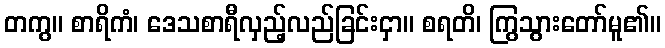
တကွ။ စာရိကံ၊ ဒေသစာရီလှည့်လည်ခြင်းငှာ။ စရတိ၊ ကြွသွားတော်မူ၏။